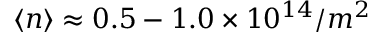
\langle n \rangle \approx 0 . 5 - 1 . 0 \times 1 0 ^ { 1 4 } / m ^ { 2 }